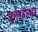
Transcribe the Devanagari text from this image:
फुलदाभा